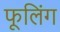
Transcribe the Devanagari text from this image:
फूलिंग